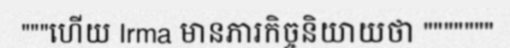
"""ហើយ Irma មានភារកិច្ចនិយាយថា """""""